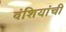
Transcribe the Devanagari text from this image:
वंशियांची